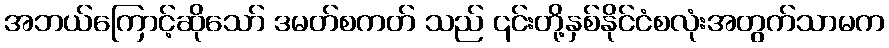
အဘယ်ကြောင့်ဆိုသော် ဒမတ်စကတ် သည် ၎င်းတို့နှစ်နိုင်ငံစလုံးအတွက်သာမက